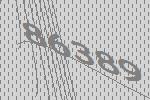
86389